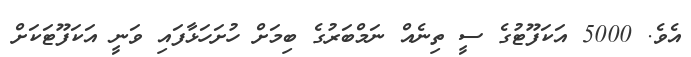
އެވެ. 5000 އަކަފޫޓުގެ ސީ ތިނެއް ނަމްބަރުގެ ބިމަށް ހުށަހަޅާފައި ވަނީ އަކަފޫޓަކަށް